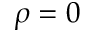
\rho = 0